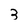
Character: 3